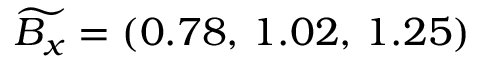
\widetilde { B _ { x } } = ( 0 . 7 8 , \, 1 . 0 2 , \, 1 . 2 5 )